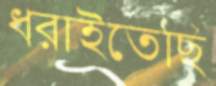
ধরাইতেছি